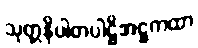
သုတ္တနိပါတပါဠိအဋ္ဌကထာ